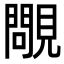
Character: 𧢈